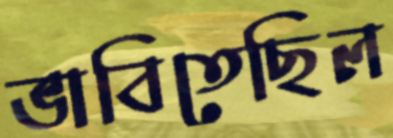
ভাবিতেছিল